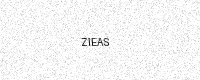
Text: ZIEAS